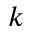
k